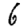
Digit: 6